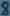
Text: 8